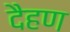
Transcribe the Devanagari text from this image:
दैहण